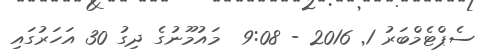
ސެޕްޓެމްބަރު 1